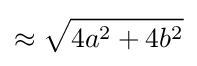
\approx {\sqrt {4a^{2}+4b^{2}}}